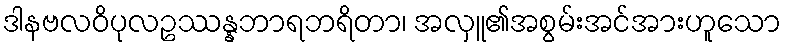
ဒါနဗလဝိပုလဥဿန္နဘာရဘရိတာ၊ အလှူ၏အစွမ်းအင်အားဟူသော